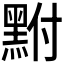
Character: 𪐻